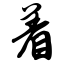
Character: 着